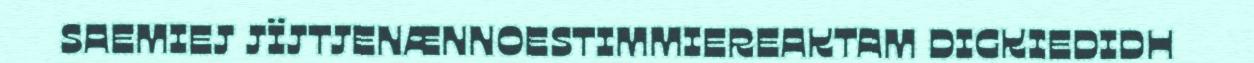
SAEMIEJ JÏJTJENÆNNOESTIMMIEREAKTAM DIGKIEDIDH